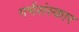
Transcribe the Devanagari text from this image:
गर्भसंस्कार